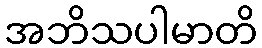
အဘိသပါမာတိ